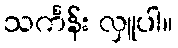
သင်္ကန်း လှူပါ။